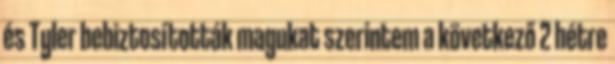
és Tyler bebiztosították magukat szerintem a következő 2 hétre